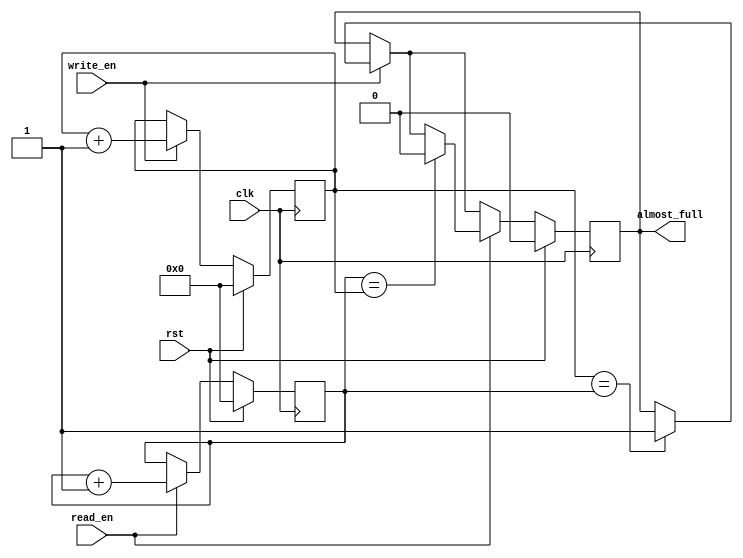
module AlmostFullFIFO (
  input wire clk,
  input wire rst,
  input wire write_en,
  input wire read_en,
  output reg almost_full
);

reg [7:0] write_ptr;
reg [7:0] read_ptr;
reg [7:0] buffer [0:255]; // 256-depth FIFO buffer

always @(posedge clk) begin
  if (rst) begin
    write_ptr <= 8'b0;
    read_ptr <= 8'b0;
    almost_full <= 1'b0;
  end else begin
    if (write_en) begin
      buffer[write_ptr] <= data_in; // Assuming data_in is the input data
      write_ptr <= write_ptr + 1;
      if (write_ptr == read_ptr) begin
        almost_full <= 1'b1;
      end
    end
    if (read_en) begin
      read_ptr <= read_ptr + 1;
      if (read_ptr == write_ptr) begin
        almost_full <= 1'b0;
      end
    end
  end
end

endmodule